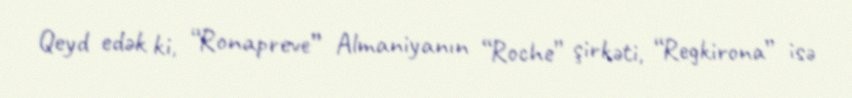
Qeyd edək ki, “Ronapreve” Almaniyanın “Roche” şirkəti, “Regkirona” isə